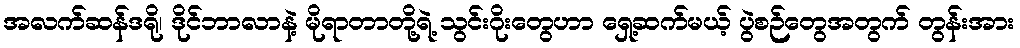
အလက်ဆန်ဒရို၊ ဒိုင်ဘာလာနဲ့ မိုရာတာတို့ရဲ့ သွင်းဂိုးတွေဟာ ရှေ့ဆက်မယ့် ပွဲစဉ်တွေအတွက် တွန်းအား